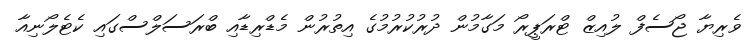
ވެރިޔާ ޖޯސެފް ލުއިޒް ޓްރަޕީރޯ މަގާމުން ދުރުކުރުމުގެ އިތުރުން މެޑްރިޑާއި ބްރަސަލްސްގައި ކެޓެލޯނިއާ